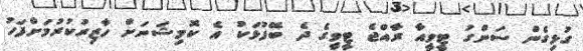
ގުޅިގެން ސަންގު ޓީވީއާ ރާއްޖެ ޓީވީގެ ދެ ބޭފުޅަކު އެ ކޮމިޝަނަށް ހާޒިރުކުރުމަށްފަހު